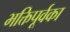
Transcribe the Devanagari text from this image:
भक्तिपूर्वका